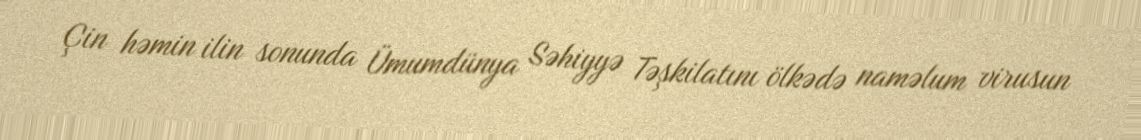
Çin həmin ilin sonunda Ümumdünya Səhiyyə Təşkilatını ölkədə naməlum virusun